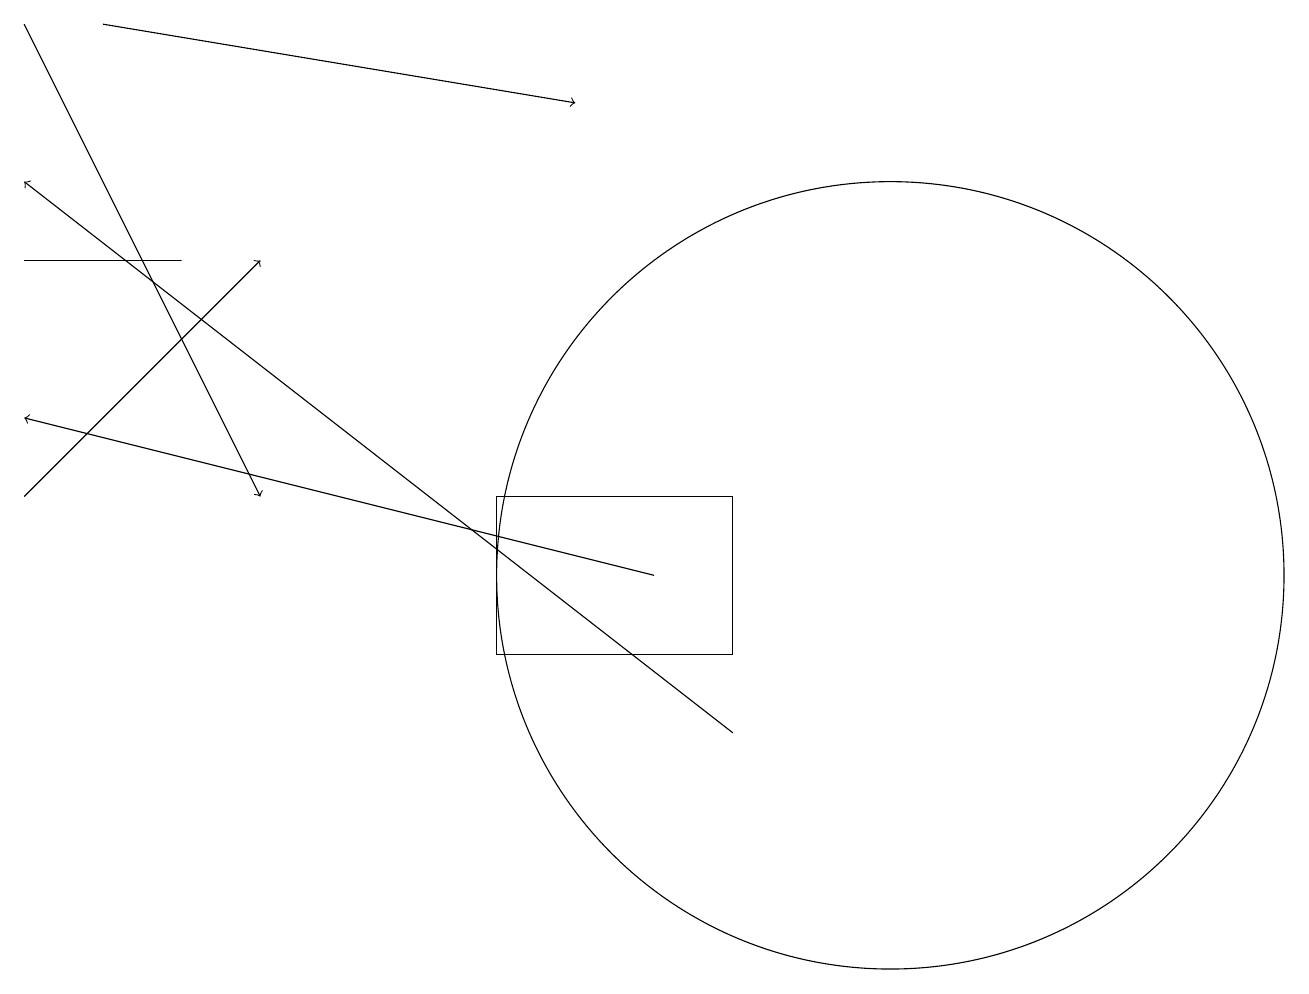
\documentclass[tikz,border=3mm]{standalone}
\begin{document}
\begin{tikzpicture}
\draw (9,13) rectangle (6,11);
\draw[->] (0,13) -- (3,16);
\draw[->] (9,10) -- (0,17);
\draw[->] (0,19) -- (3,13);
\draw (11,12) circle (5);
\draw[->] (8,12) -- (0,14);
\draw[->] (1,19) -- (7,18);
\draw (2,16) rectangle (0,16);
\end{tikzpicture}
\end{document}